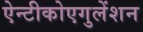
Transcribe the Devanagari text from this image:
ऐन्टीकोएगुलेंशन